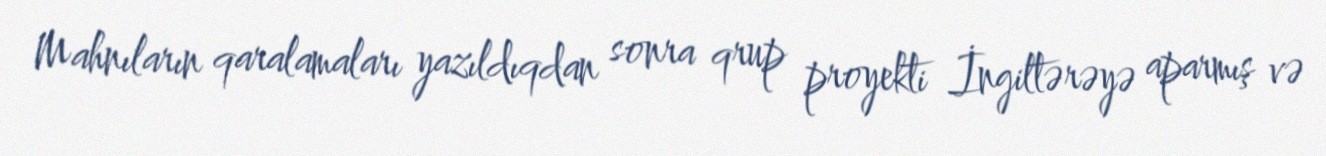
Mahnıların qaralamaları yazıldıqdan sonra qrup proyekti İngiltərəyə aparmış və